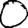
Digit: 0